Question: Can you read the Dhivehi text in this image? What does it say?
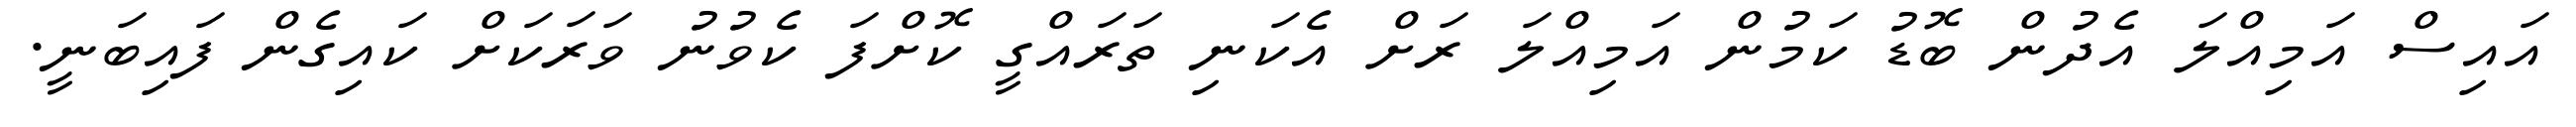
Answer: އައިސް އަމިއްލަ އެދުން ބޮޑު ކަމުން އަމިއްލަ ރަށް އެކަނި ތަރައްގީ ކޮށްފަ ކެވުނު ވަރަކަށް ކައިގެން ފައިބަނީ.